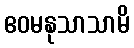
ဧဝမနုသာသာမိ